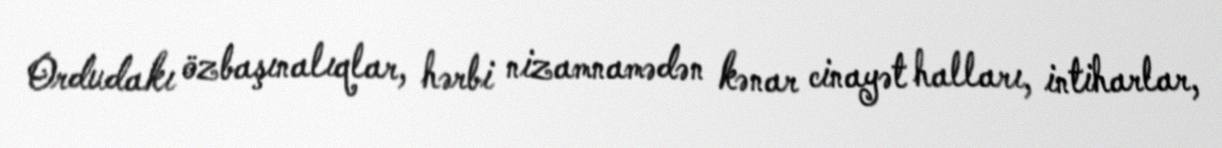
Ordudakı özbaşınalıqlar, hərbi nizamnamədən kənar cinayət halları, intiharlar,